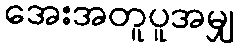
အေးအတူပူအမျှ